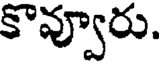
కొవ్వూరు.